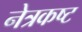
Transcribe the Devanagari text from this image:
नेत्रकष्ट